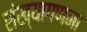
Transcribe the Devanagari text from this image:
संख्यागणना